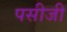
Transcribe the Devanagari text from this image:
पसीजी